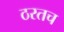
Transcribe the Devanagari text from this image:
ठरतच